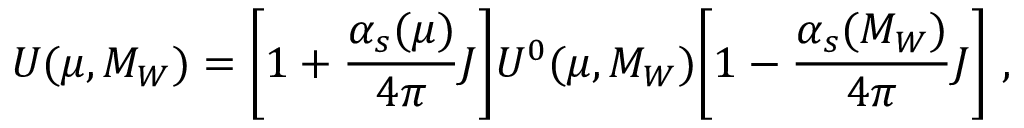
U ( \mu , M _ { W } ) = \biggl [ 1 + \frac { \alpha _ { s } ( \mu ) } { 4 \pi } J \biggr ] U ^ { 0 } ( \mu , M _ { W } ) \biggl [ 1 - \frac { \alpha _ { s } ( M _ { W } ) } { 4 \pi } J \biggr ] \ ,